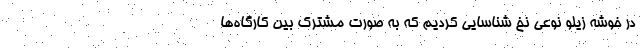
در خوشه زیلو نوعی نخ شناسایی کردیم که به صورت مشترک بین کارگاه‌ها